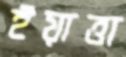
ইয়াত্তা